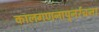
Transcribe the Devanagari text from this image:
कालगणनापुनर्रचना